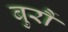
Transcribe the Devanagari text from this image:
बुर्रौ